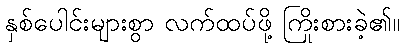
နှစ်ပေါင်းများစွာ လက်ထပ်ဖို့ ကြိုးစားခဲ့၏။